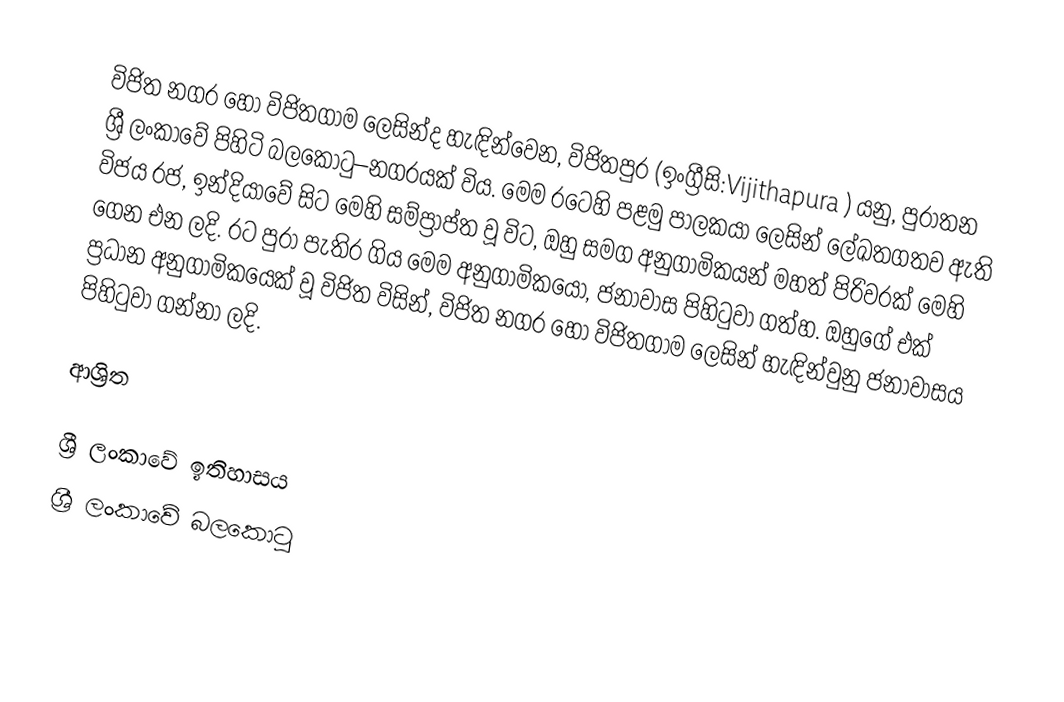
විජිත නගර හෝ විජිතගාම ලෙසින්ද හැඳින්වෙන, විජිතපුර (ඉංග්‍රීසි:Vijithapura ) යනු, පුරාතන ශ්‍රී ලංකාවේ පිහිටි බලකොටු–නගරයක් විය. මෙම රටෙහි පළමු පාලකයා ලෙසින් ලේඛතගතව ඇති විජය රජ, ඉන්දියාවේ සිට මෙහි සම්ප්‍රාප්ත වූ විට, ඔහු සමග අනුගාමිකයන් මහත් පිරිවරක් මෙහි ගෙන එන ලදි. රට පුරා පැතිර ගිය මෙම අනුගාමිකයෝ, ජනාවාස පිහිටුවා ගත්හ. ඔහුගේ එක් ප්‍රධාන අනුගාමිකයෙක් වූ විජිත විසින්,  විජිත නගර හෝ විජිතගාම ලෙසින් හැඳින්වුනු ජනාවාසය පිහිටුවා ගන්නා ලදි.

ආශ්‍රිත

ශ්‍රී ලංකාවේ ඉතිහාසය
ශ්‍රී ලංකාවේ බලකොටු